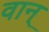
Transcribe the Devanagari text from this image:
वान्